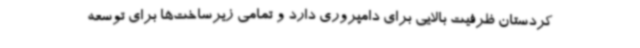
کردستان ظرفیت بالایی برای دامپروری دارد و تمامی زیرساخت‌ها برای توسعه